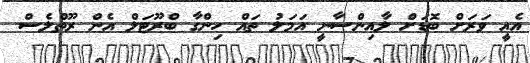
އެއީ ވަރަށް ބޮޑަށް ލާއިންސާނީ އަމަލު ތައް ހިންގާ ބްރޫޓަލް އެން ރޫތްލެސް